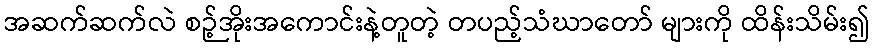
အဆက်ဆက်လဲ စဉ့်အိုးအကောင်းနဲ့တူတဲ့ တပည့်သံဃာတော် များကို ထိန်းသိမ်း၍